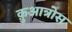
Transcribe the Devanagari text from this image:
क़ुआत्रोस